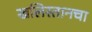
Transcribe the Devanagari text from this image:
खलिस्तानचा